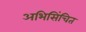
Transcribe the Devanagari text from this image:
अभिसिंचित